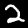
Digit: 2